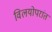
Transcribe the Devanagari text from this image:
विलयोपरांत